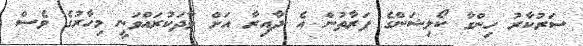
ސަރުކާރު ހިންގާ ކޯލިޝަންގެ ފަރާތުން އެ ދާއިރާ އަށް ވާދަކުރައްވަނީ މިހާރުގެ ވެސް